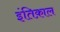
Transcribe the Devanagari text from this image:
इंतिक़ाल